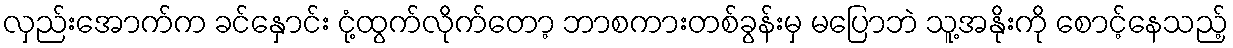
လှည်းအောက်က ခင်နှောင်း ငုံ့ထွက်လိုက်တော့ ဘာစကားတစ်ခွန်းမှ မပြောဘဲ သူ့အနိုးကို စောင့်နေသည့်